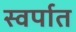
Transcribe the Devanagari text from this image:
स्वर्पात